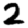
Digit: 2